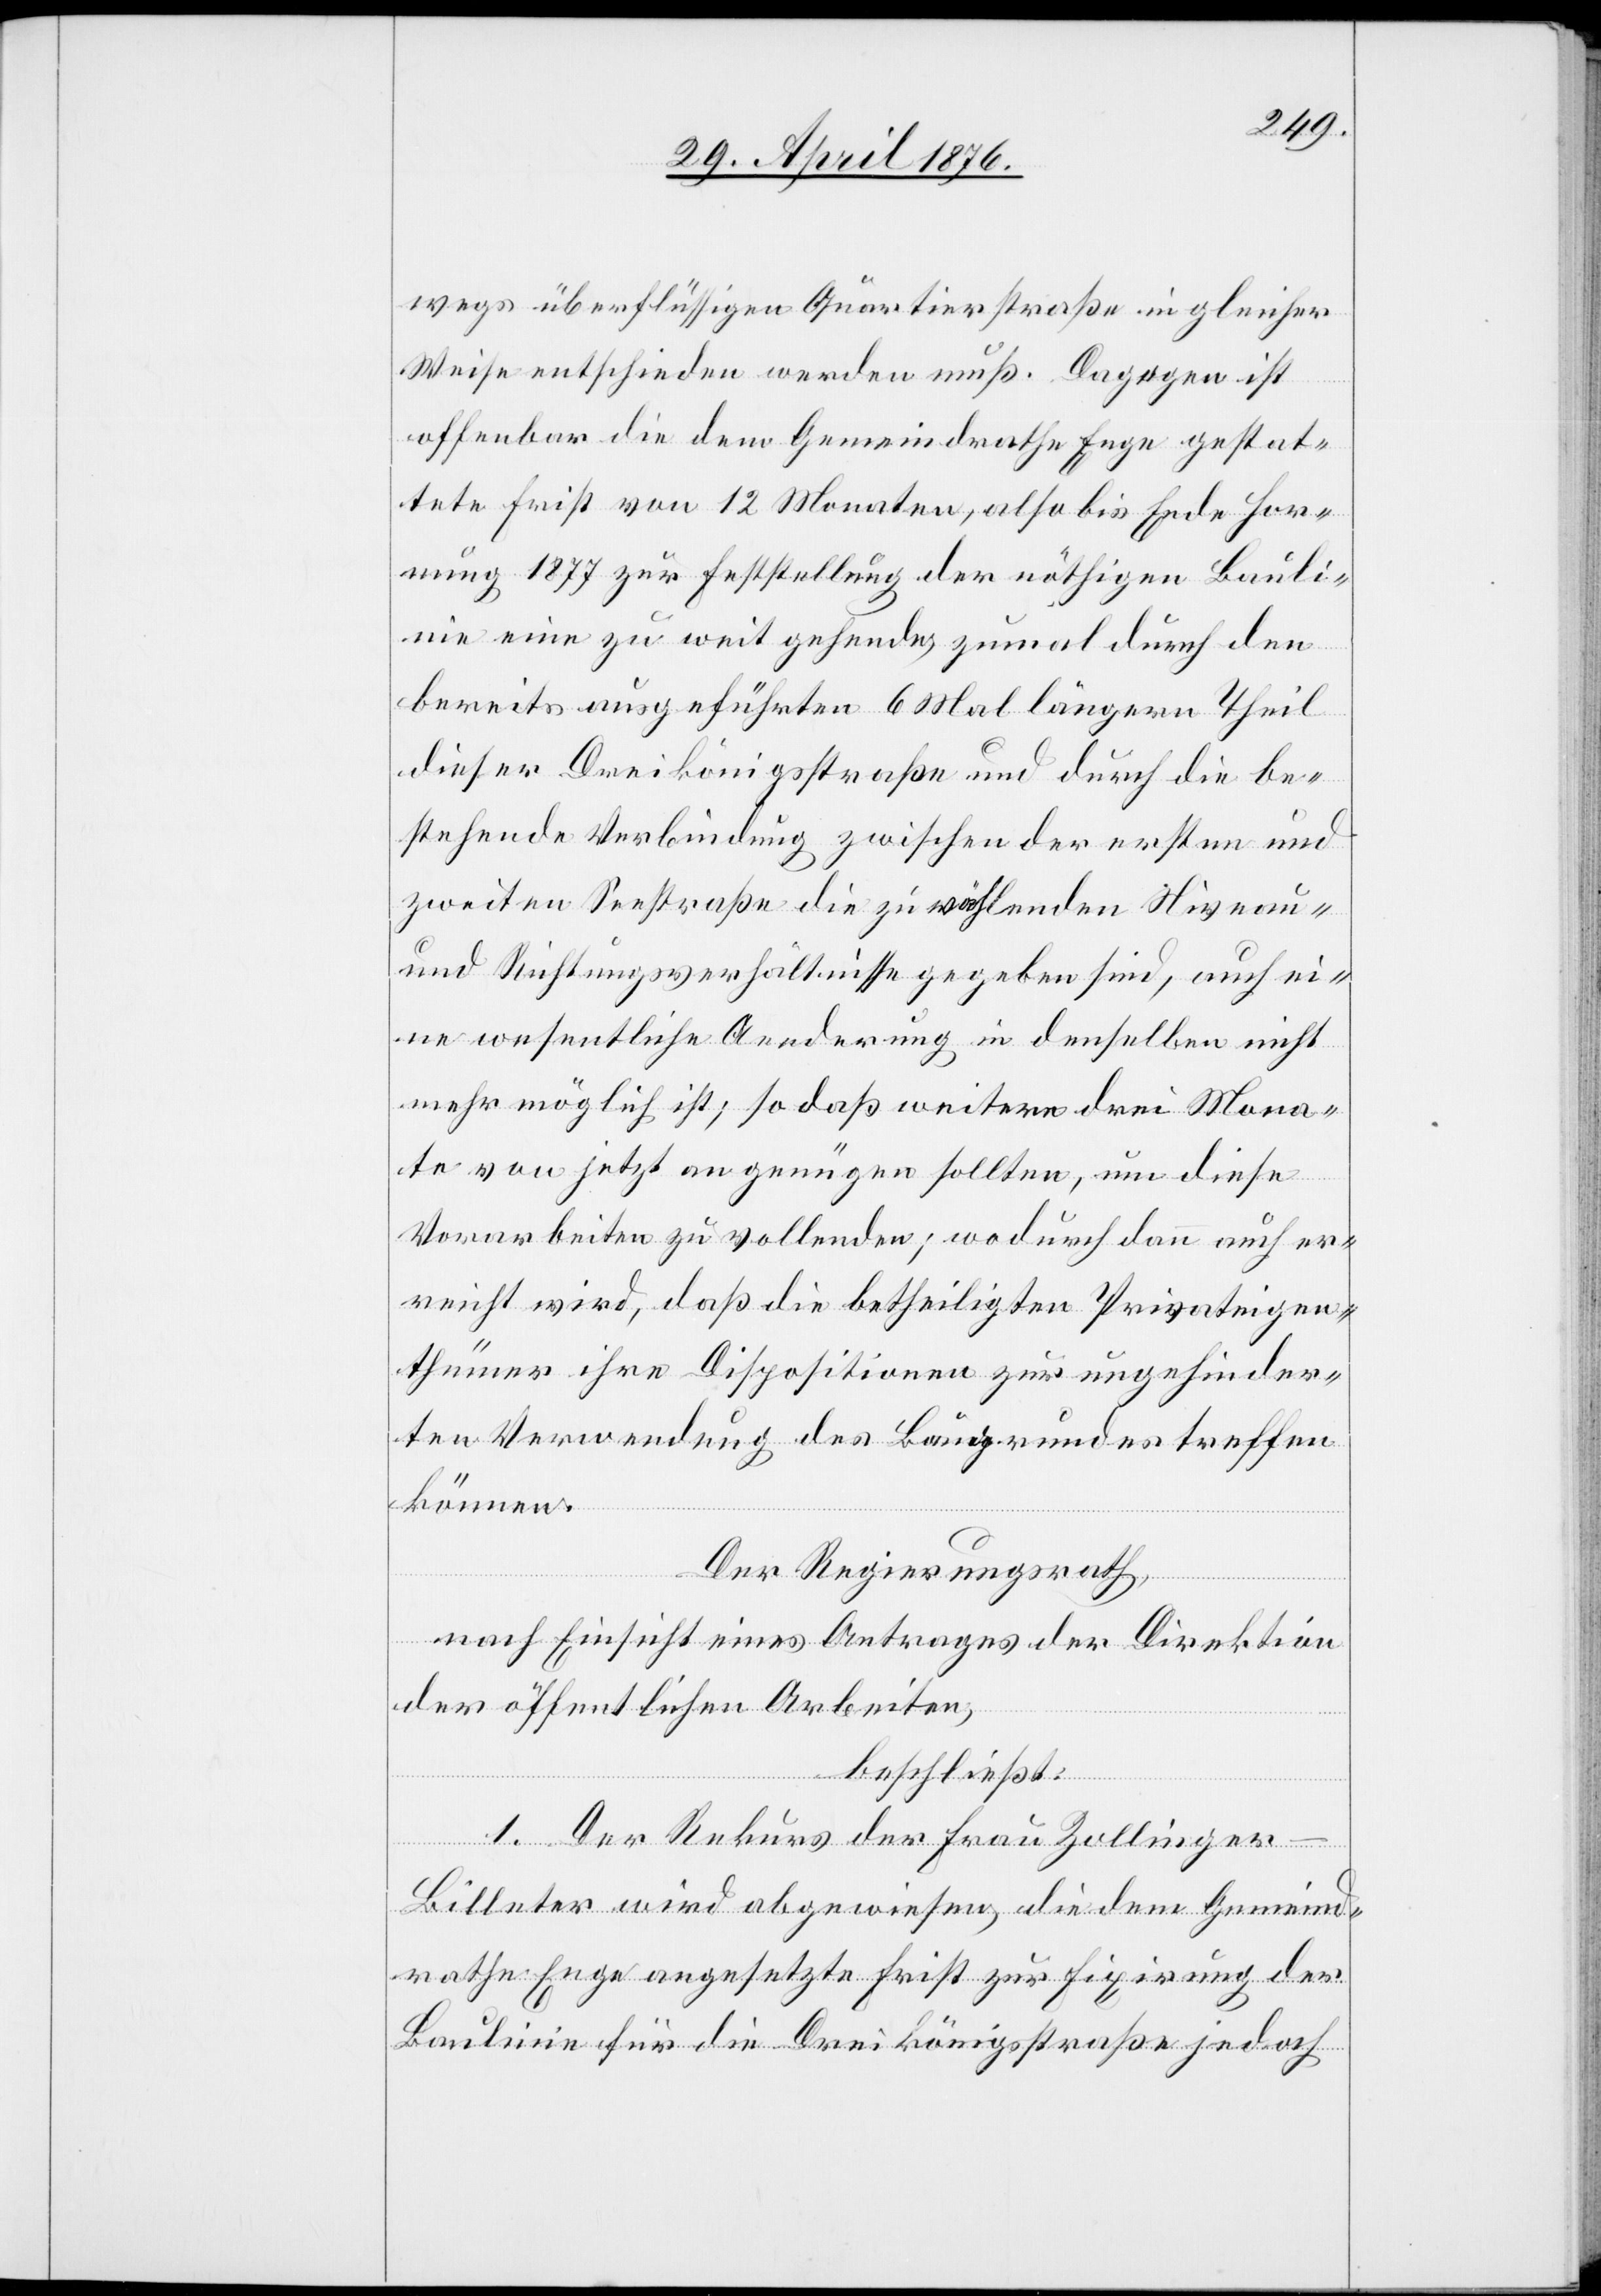
wegs überflüssigen Quartierstraße in gleicher
Weise entschieden werden muß. Dagegen ist
offenbar die dem Gemeindrathe Enge gestat¬
tete Frist von 12 Monaten, also bis Ende Hor¬
nung 1877 zur Feststellung der nöthigen Bauli¬
nie eine zu weit gehende, zumal durch den
bereits ausgeführten 6 Mal längern Theil
dieser Dreikönigsstraße und durch die be¬
stehende Verbindung zwischen der ersten und
zweiten Seestraße die zu wählenden Niveau-
und Richtungsverhältnisse gegeben sind, auch ei¬
ne wesentliche Aenderung in denselben nicht
mehr möglich ist; so daß weitere drei Mona¬
te von jetzt an genügen sollten, um diese
Vorarbeiten zu vollenden; wodurch dann auch er¬
reicht wird, daß die betheiligten Privateigen¬
thümer ihre Dispositionen zur ungehinder¬
ten Verwendung des Baugrundes treffen
können.
Der Regierungsrath,
nach Einsicht eines Antrages der Direktion
der öffentlichen Arbeiten,
beschließt:
1. Der Rekurs der Frau Zollinge¬
r-Billeter wird abgewiesen, die dem Gemeind¬
rathe Enge angesetzte Frist zur Fixirung der
Baulinie für die Dreikönigsstraße jedoch